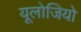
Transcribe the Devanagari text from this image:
यूलोजियो